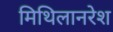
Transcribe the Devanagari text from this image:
मिथिलानरेश